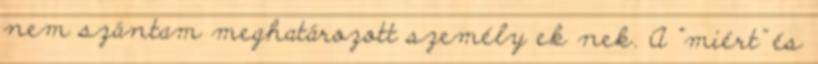
nem szántam meghatározott személy ek nek. A “miért” és